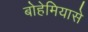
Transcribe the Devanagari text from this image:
बोहेमियासे